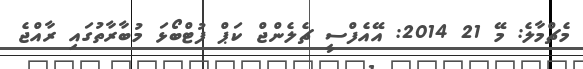
މެޗްމާލެ: މޭ 21 2014: އޭއެފްސީ ޗެލެންޖް ކަޕް ފުޓްބޯޅަ މުބާރާތުގައި ރާއްޖެ